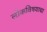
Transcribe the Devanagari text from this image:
लोकविषयाचा